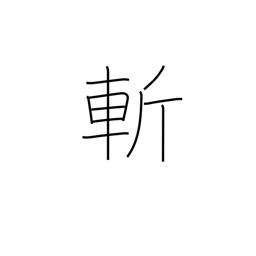
Meaning: kill